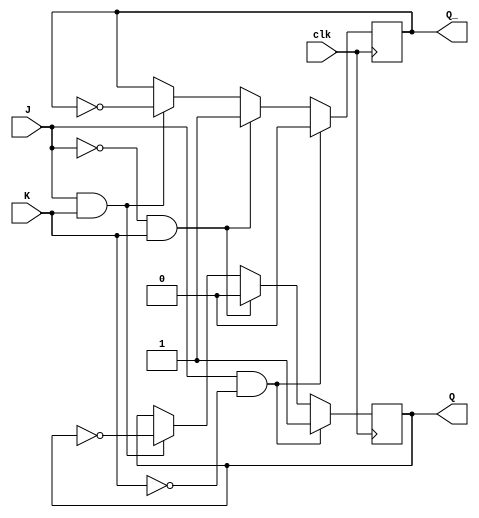
module JK_FF (
    input J,
    input K,
    input clk,
    output reg Q,
    output reg Q_
);

always @(posedge clk) begin
    if (J & ~K) begin
        Q <= 1;
        Q_ <= 0;
    end else if (~J & K) begin
        Q <= 0;
        Q_ <= 1;
    end else if (J & K) begin
        Q <= ~Q;
        Q_ <= ~Q_;
    end
end

endmodule